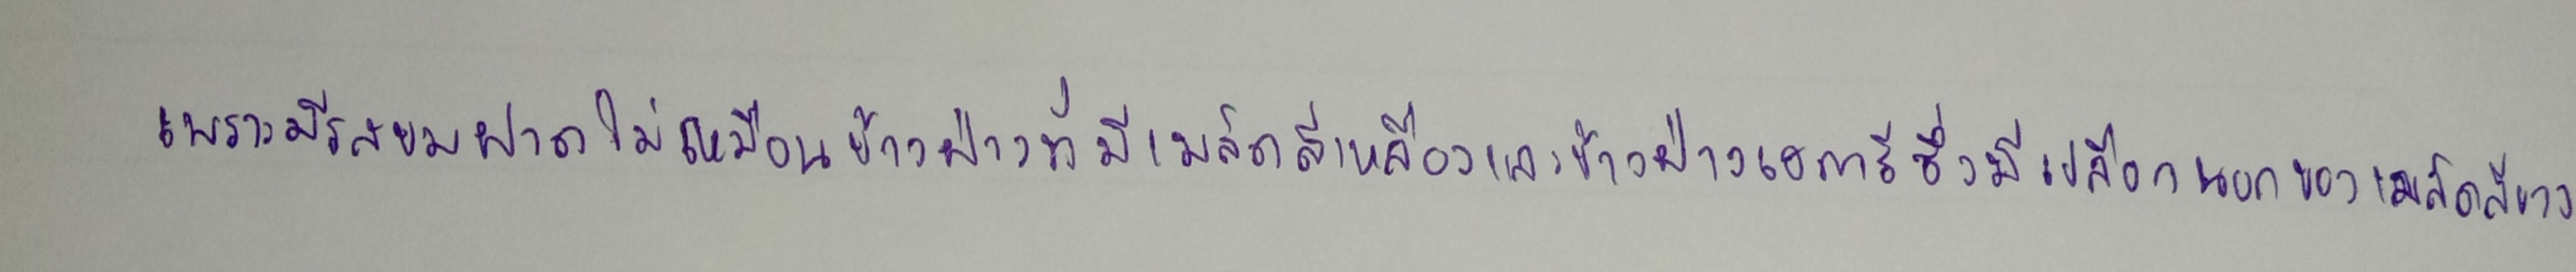
เพราะมีรสขมฝาดไม่เหมือนข้าวฟ่างที่มีเมล็ดสีเหลืองและข้าวฟ่างเฮการีซึ่งมีเปลือกนอกของเมล็ดสีขาว